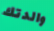
والدتك